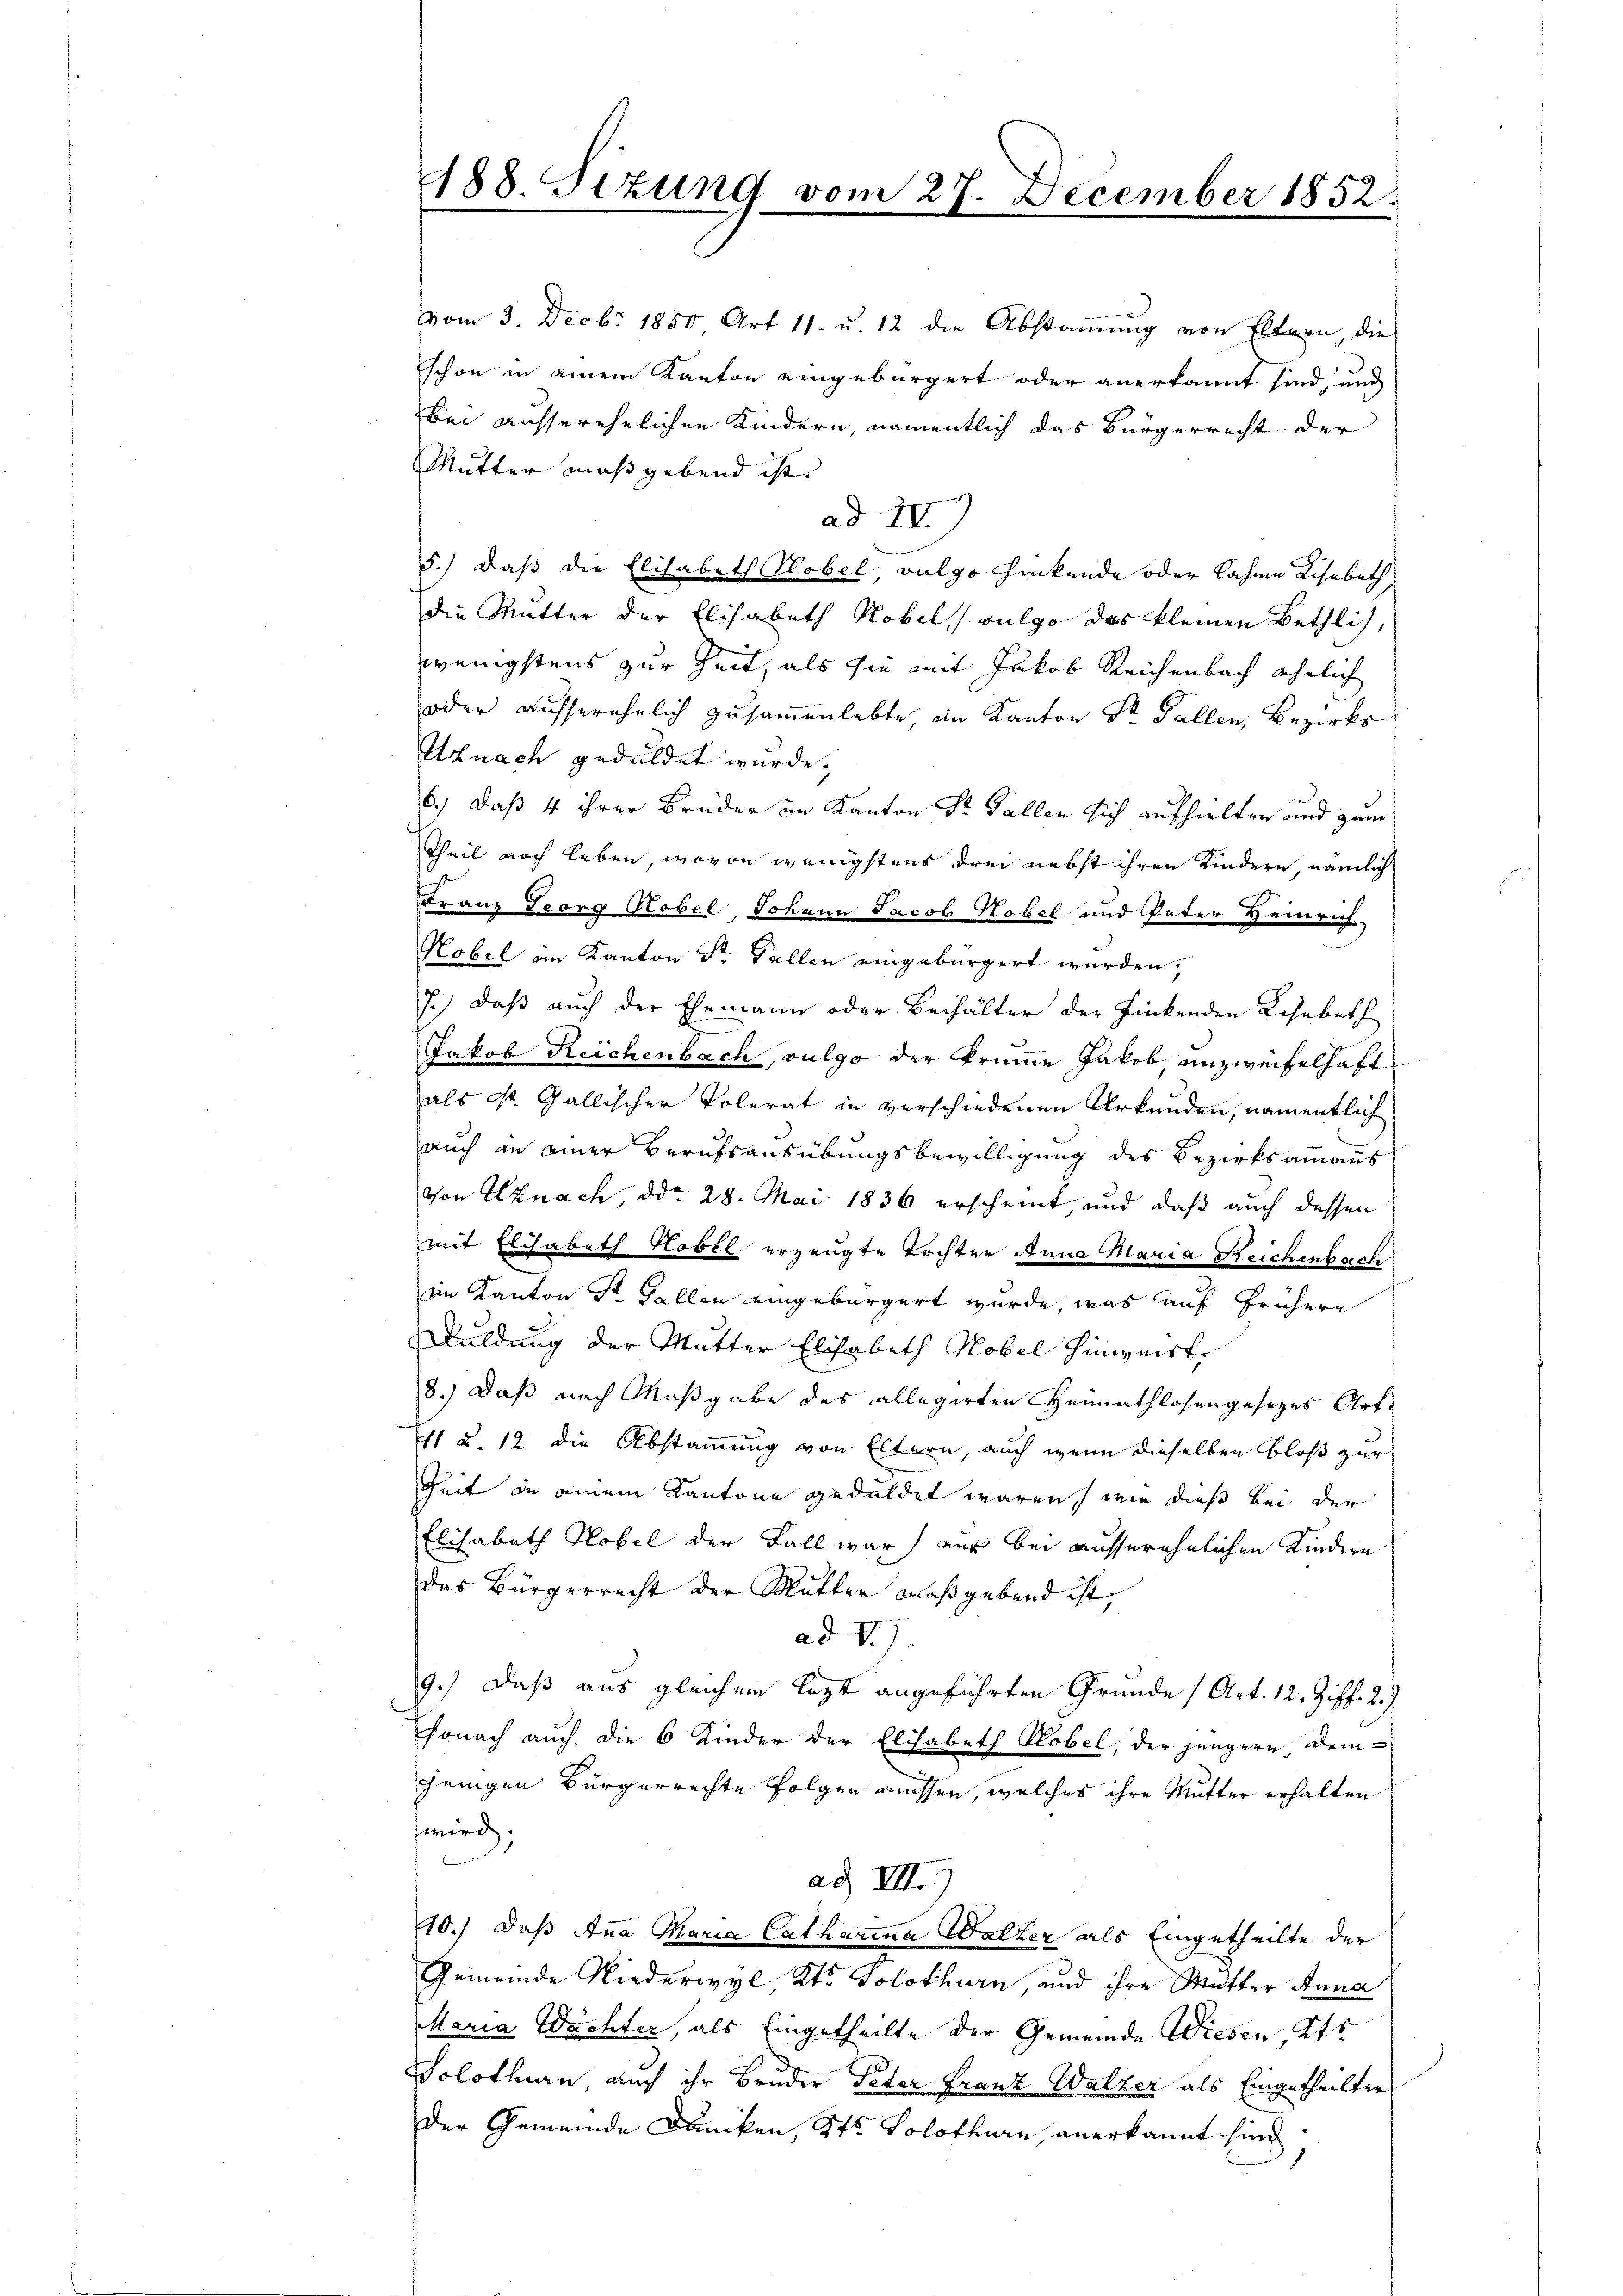
188 Tizung vom 27. December 1852.

vom 3. Decbr. 1850 Art 11. u. 12 die Abstaṁŭng von Eltern, die
schon in einem Kanton eingebürgert oder anerkannt sind, und
bei ausserehelichen Kindern, namentlich das Bürgerrecht der
Mutter maßgebend ist.
ad II.
5.) Daß die Elisabeth Hobel, vulgo Hinkende oder Lahne Lisabeth
die Mutter der Elisabeth Kobel, vulgo das kleinen Bethlich,
wenigstens zur Zeit, als sie mit Jakob Reichenbach ähnlich
oder ausserehelich zusammenlebte, im Kanton Sr. Gallen, Bezirks
Uznach geduldet wurde.
6.) Daß 4 ihrer Brüder im Kanton Sr. Gallen sich aufhielten und zum
Theil noch leben, wovon wenigstens drei nebst ihren Kindern, nämlich
Franz Georg Robel, Johann Jacob Hobel und Pater Heinrich
Kobel im Kanton Sr Fallen eingebürgert wurden,
7.) Daß auch der Ehemann oder Beihalter der Finkenden Lohnbeth
Jakob Reichenbach, vulgo der krumme Jakob, unzweifelhaft
als St. Gallischer Volerat in verschiedenen Urkunden, namentlich
auch in einer Berufsausübungsbewilligung des Bezirksammanns
von Uznach, ddo 28. Mai 1836 erscheint, und daß auch dessen
mit Elisabeth Kobel erzeugte Tochter Anna Maria Reichenbach
iin Kanton St. Gallen eingebürgert wurde, was auf frühere
Duldung der Mutter Elisabeth Hobel Hinweist,
8.) Daß nach Maßgabe des allegirten Heimathlosengesetzes Art.
41 u. 12 die Abstammung von Eltern, auch wenn dieselben bloß zur
Zeit in einem Kantone geduldet waren, wie dieß bei der
Elisabeth Hobel der Fall war) nur bei ausserehelichen Kindern
das Bürgerrecht der Mutter Blaßgebend ist,
ad V.)
9.) Daß aus gleichem lezt angeführten Gründe (Art. 12. Ziff. 2.
sonach auch die 6 Kinder der Elisabeth Robel, der jüngere, dem
jenigen Bürgerrechte folgen müssen, welches ihre Mutter erhalten
wird;
ad VII.)
10.) Daß Anna Maria Catharina Walker als Eingetheilte der
Gemeinde Niederwyl Kt. Solothurn, und ihre Mutter Anna
Maria Wächter, als Eingetheilte der Gemeinde Wiesen Kts
Solothurn auch ihr Bruder Peter Franz Walker als Eingetheilten
der Gemeinde Dancken, Kts. Solothurn, anerkannt sind